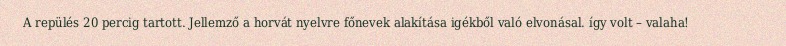
A repülés 20 percig tartott. Jellemző a horvát nyelvre főnevek alakítása igékből való elvonásal. így volt – valaha!